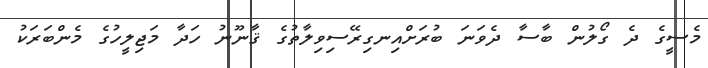
މެސީގެ ދެ ގޯލުން ބާސާ ދެވަނަ ބުރަށްއިނގިރޭސިވިލާތުގެ ޤާނޫނު ހަދާ މަޖިލީހުގެ މެންބަރަކު